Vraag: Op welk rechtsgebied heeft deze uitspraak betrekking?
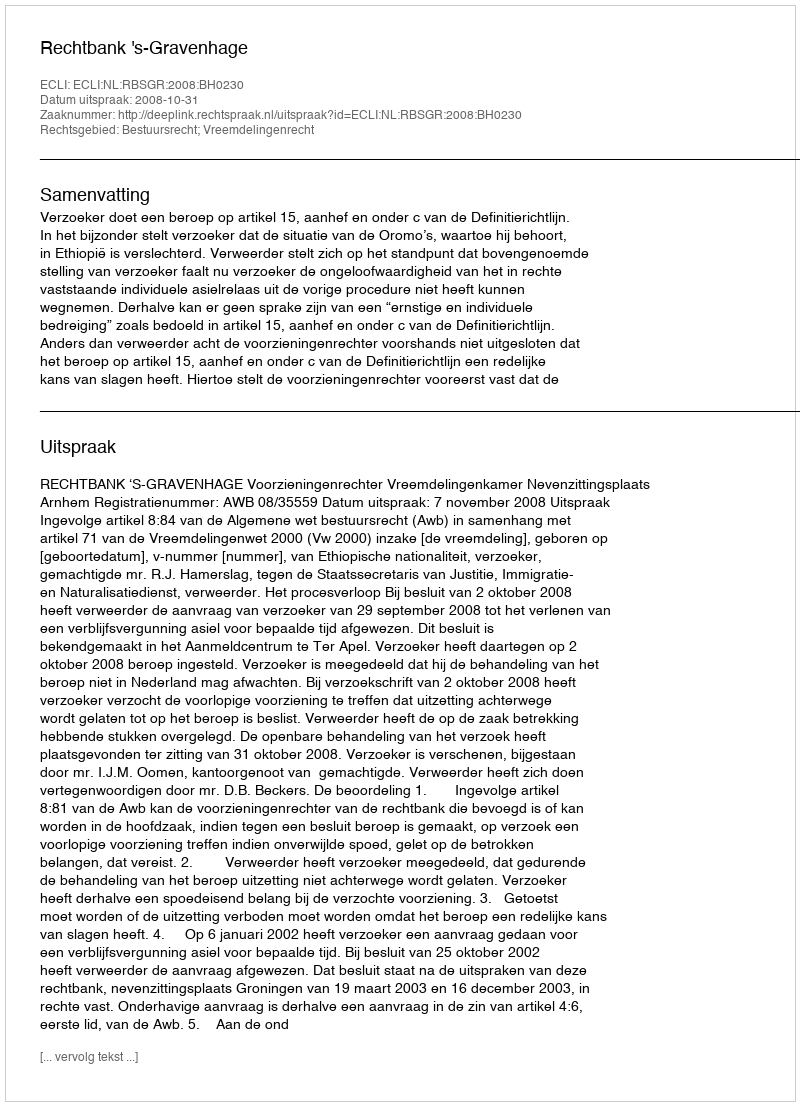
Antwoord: Bestuursrecht; Vreemdelingenrecht